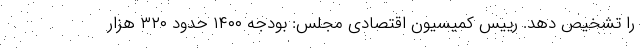
را تشخیص دهد. رییس کمیسیون اقتصادی مجلس: بودجه ۱۴۰۰ حدود ۳۲۰ هزار